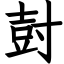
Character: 尌